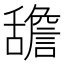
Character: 舚